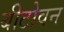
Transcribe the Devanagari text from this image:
बीटोवन